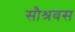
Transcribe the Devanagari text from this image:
सौश्रवस